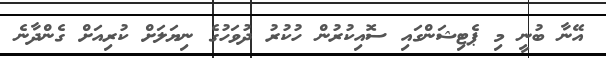
އޭނާ ބުނީ މި ޕެޓިޝަންގައި ސޮއިކުރުން ހުކުރު ދުވަހުގެ ނިޔަލަށް ކުރިއަށް ގެންދާނެ